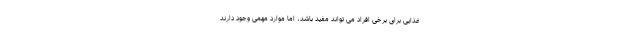
غذایی برای برخی افراد می تواند مفید باشد، اما موارد مهمی وجود دارند